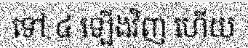
ទៅ ៤ ឡើងវិញ ហើយ